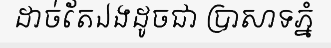
ដាច់តែឯងដូចជា ប្រាសាទភ្នំ